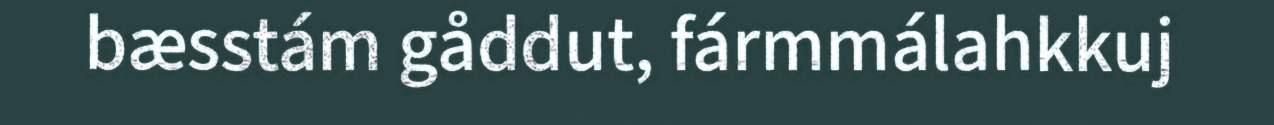
bæsstám gåddut, fármmálahkkuj